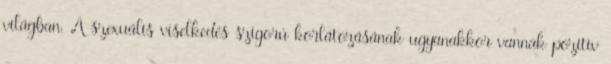
világban. A szexuális viselkedés szigorú korlátozásának ugyanakkor vannak pozitív